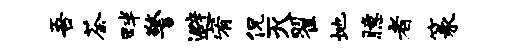
吾荼畔警避宥侃灭翟地臆者篆